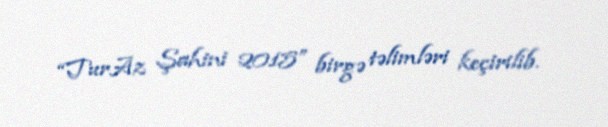
“TurAz Şahini 2015” birgə təlimləri keçirilib.